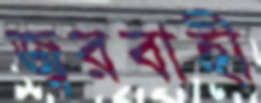
জ্বরবাহী